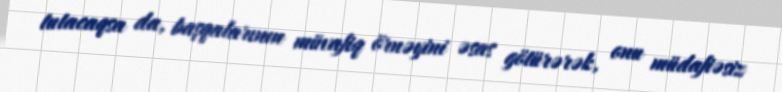
tutacaqsa da, başqalarının müvafiq örnəyini əsas götürərək, onu müdafiəsiz